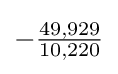
-{\tfrac {49,929}{10,220}}